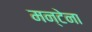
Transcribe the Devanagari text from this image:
मन्टेना